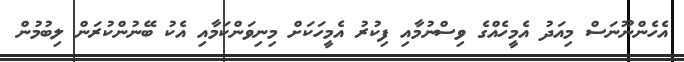
އެހެންނޫނަސް މިއަދު އެމީހެއްގެ ވިސްނުމާއި ފިކުރު އެމީހަކަށް މިނިވަންކަމާއި އެކު ބޭނުންކުރަން ލިބުމުން